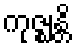
ကုဇ္ဈန္တိ